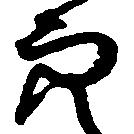
穴